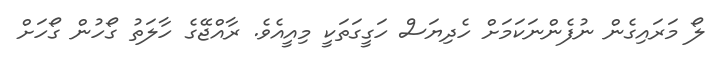
ލޯ މަރައިގެން ނުފެންނަކަމަށް ހެދިޔަސް ހަގީގަތަކީ މިއީއެވެ. ރާއްޖޭގެ ހާލަތު ގޯހުން ގޯހަށް